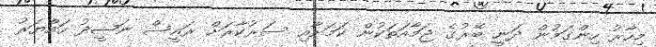
މިހާރު ހިންގަމުން ދަނީ ބޭރުގެ ޖަމާއަތަކުން ކަމަށާއި ސަރުކާރަށް ރައީސް ނަޝީދު ހައްޔަރު